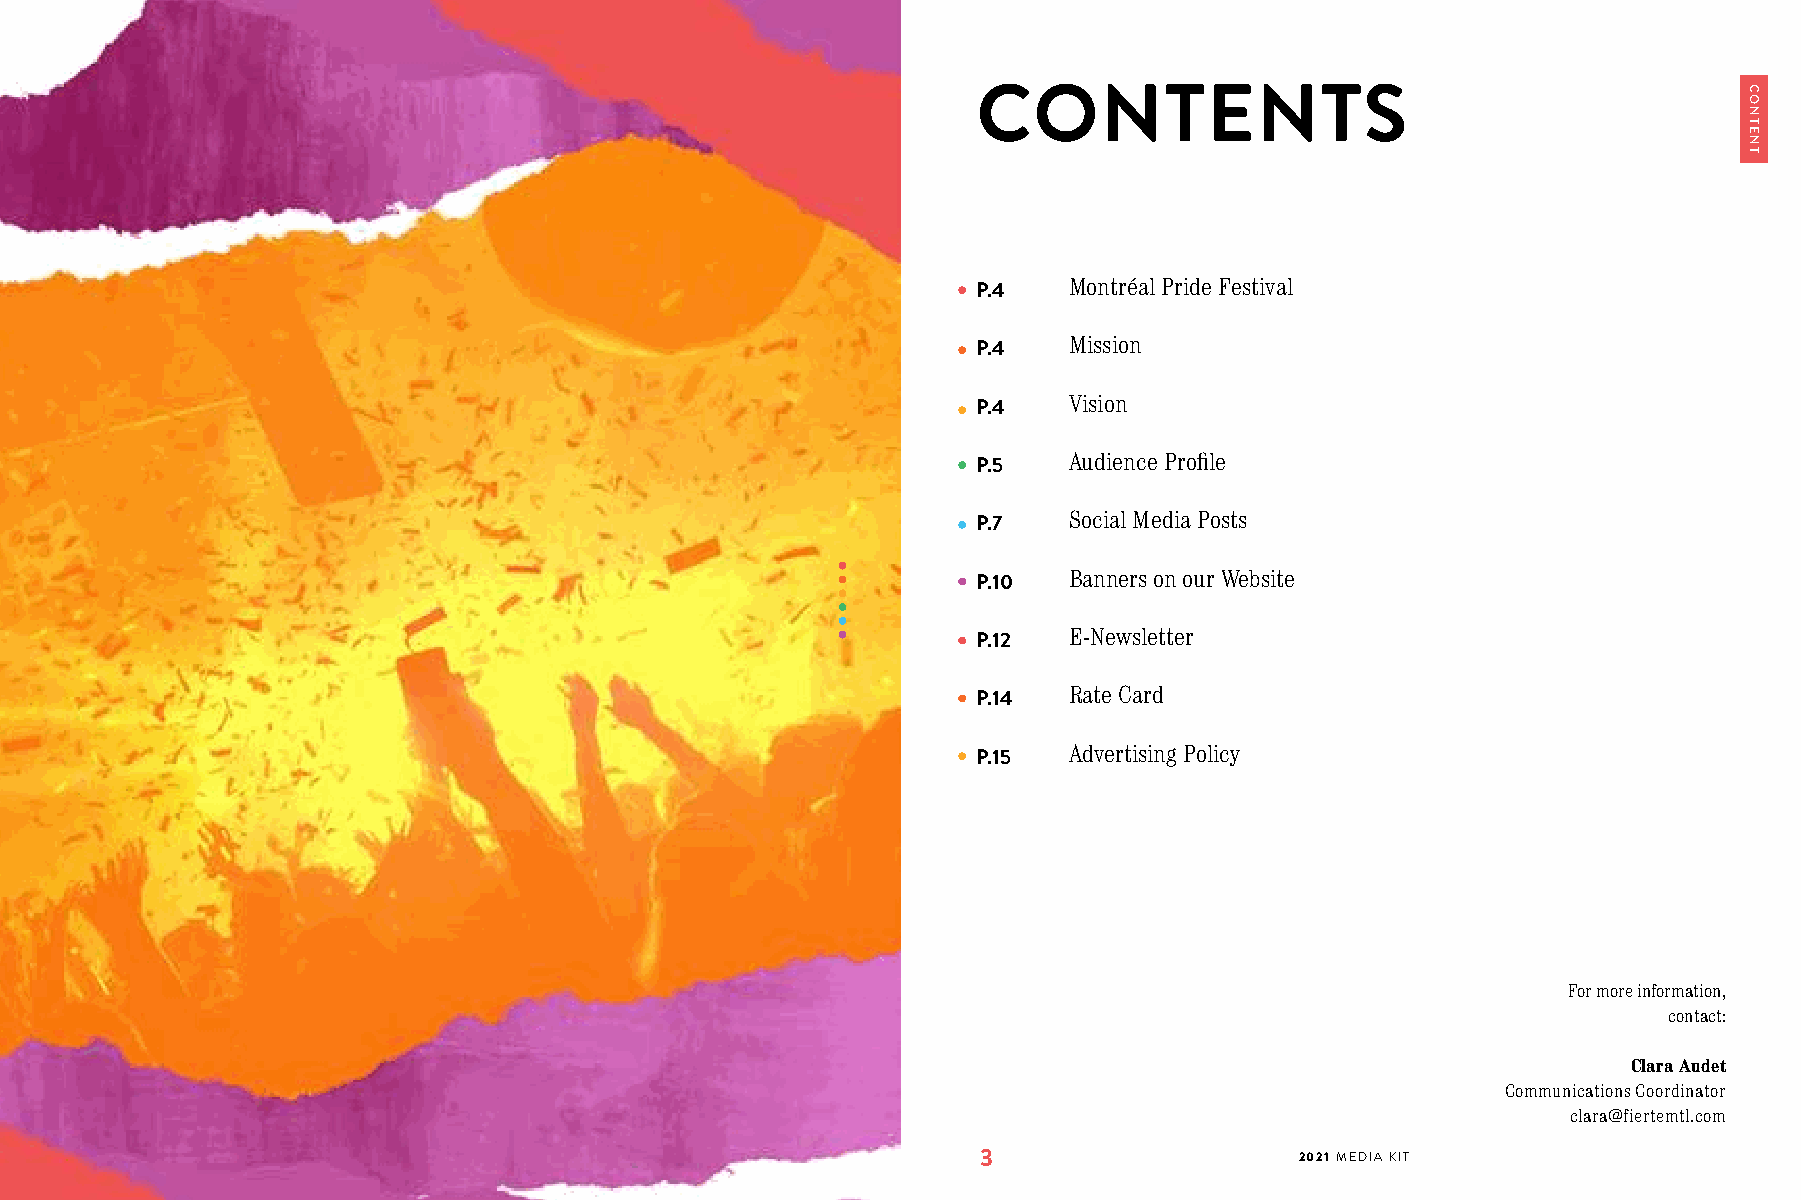
CONTENTS
 P.4   Montréal Pride Festival
 P.4   Mission
 P.4   Vision
 P.5   Audience Profile
 P.7   Social Media Posts
 P.10  Banners on our Website
 P.12  E-Newsletter
 P.14  Rate Card
 P.15  Advertising Policy
 For more information,
 contact:
 Clara Audet
 Communications Coordinator
 clara@fiertemtl.com
 3                    2021 MEDIA KIT
 CONTENT